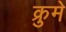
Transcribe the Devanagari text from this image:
क्रुमे